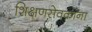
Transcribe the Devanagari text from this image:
शिक्षणसेवकांना